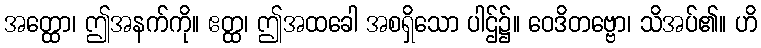
အတ္ထော၊ ဤအနက်ကို။ ဧတ္ထ၊ ဤအထခေါ အစရှိသော ပါဌ်၌။ ဝေဒိတဗ္ဗော၊ သိအပ်၏။ ဟိ